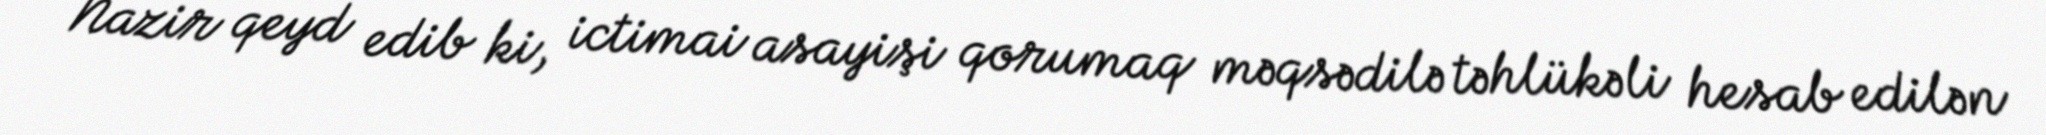
Nazir qeyd edib ki, ictimai asayişi qorumaq məqsədilə təhlükəli hesab edilən